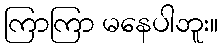
ကြာကြာ မနေပါဘူး။